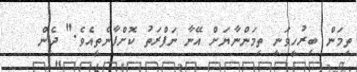
ތިމަން ބިރުހީވަނީ ތިމަންނާޔަށް އޭނާ ނަފްރަތު ކޮށްފާނެތީއެވެ." ދެން